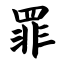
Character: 罪